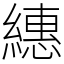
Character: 繐